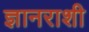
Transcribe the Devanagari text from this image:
ज्ञानराशी